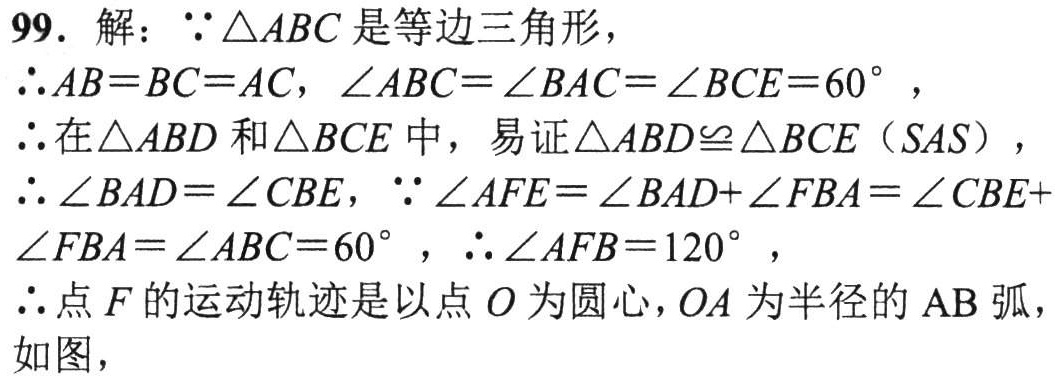
99. 解：$\because\triangle ABC$ 是等边三角形，

$\therefore AB = BC = AC$，$\angle ABC=\angle BAC=\angle BCE = 60^{\circ}$，

$\therefore$ 在 $\triangle ABD$ 和 $\triangle BCE$ 中，易证 $\triangle ABD\cong\triangle BCE$（$SAS$），

$\therefore\angle BAD=\angle CBE$，$\because\angle AFE=\angle BAD+\angle FBA=\angle CBE+\angle FBA=\angle ABC = 60^{\circ}$，$\therefore\angle AFB = 120^{\circ}$，

$\therefore$ 点 $F$ 的运动轨迹是以点 $O$ 为圆心，$OA$ 为半径的 $\overset{\frown}{AB}$，

如图，